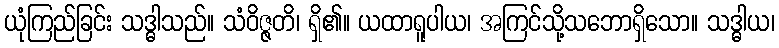
ယုံကြည်ခြင်း သဒ္ဓါသည်။ သံဝိဇ္ဇတိ၊ ရှိ၏။ ယထာရူပါယ၊ အကြင်သို့သဘောရှိသော။ သဒ္ဓါယ၊